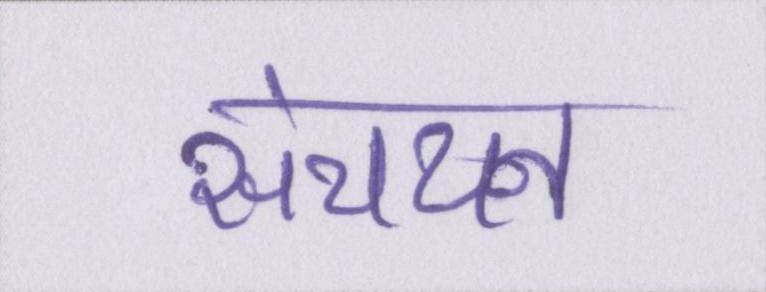
संचयन